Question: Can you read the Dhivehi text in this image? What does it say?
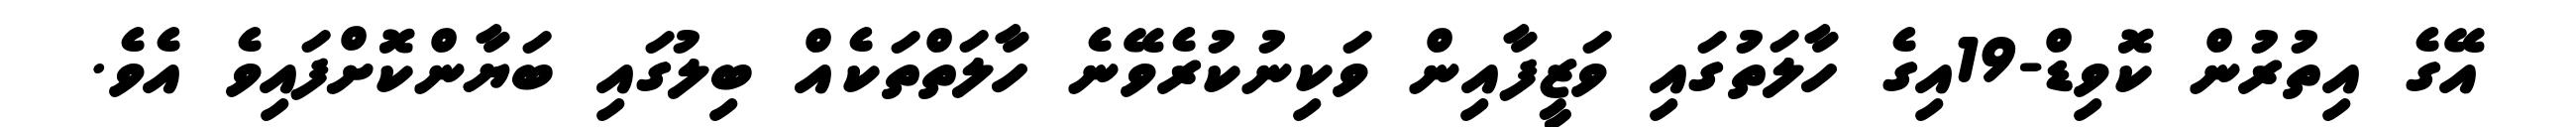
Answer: އޭގެ އިތުރުން ކޮވިޑް-19އިގެ ހާލަތުގައި ވަޒީފާއިން ވަކިނުކުރެވޭނެ ހާލަތްތަކެއް ބިލުގައި ބަޔާންކޮށްފައިވެ އެވެ.